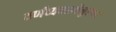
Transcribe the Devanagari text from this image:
वर्णव्यवस्थेनुसार